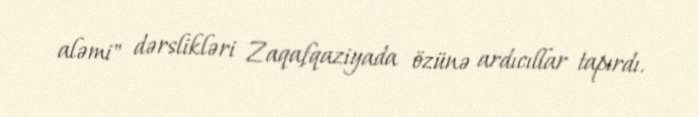
aləmi" dərslikləri Zaqafqaziyada özünə ardıcıllar tapırdı.